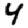
Digit: 4